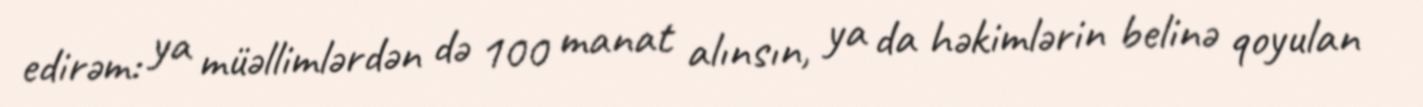
edirəm: ya müəllimlərdən də 100 manat alınsın, ya da həkimlərin belinə qoyulan